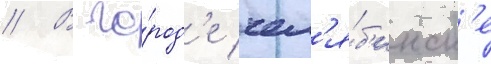
// В го́род'е чел'я́б'инск'е